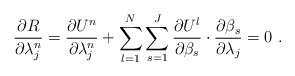
\begin{align*}\frac{{\partial R}}{{\partial \lambda _j^{n} }} = \frac{{\partial {U^n}}}{{\partial \lambda _j^{n}}} + \sum\limits_{l = 1}^N \sum\limits_{s = 1}^J {\frac{{\partial {U^l}}}{{\partial {\beta_s}}}\cdot\frac{{\partial {\beta_s}}}{{\partial \lambda _j}} = 0} \ .\end{align*}